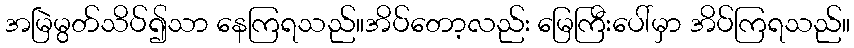
အမြဲမွတ်သိပ်၍သာ နေကြရသည်။အိပ်တော့လည်း မြေကြီးပေါ်မှာ အိပ်ကြရသည်။